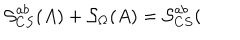
\mathcal { S } _ { C S } ^ { a b } ( A ) + \mathcal { S } _ { \Omega } ( A ) = \mathcal { S } _ { C S } ^ { a b } (